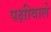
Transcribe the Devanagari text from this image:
पक्षीवाले